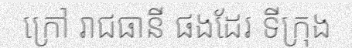
ក្រៅ រាជធានី ផងដែរ ទីក្រុង